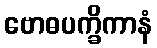
ဗောဓပက္ခိကာနံ